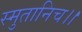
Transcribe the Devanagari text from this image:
स्मुतानिच।।